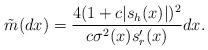
LaTeX: \begin{align*}\tilde{m}(dx)=\frac{4(1+c|s_h(x)|)^2}{c\sigma^2(x)s'_r(x)}dx.\end{align*}